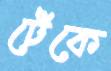
ঢেঁকে